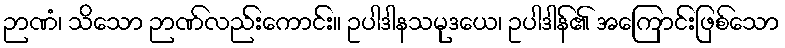
ဉာဏံ၊ သိသော ဉာဏ်လည်းကောင်း။ ဥပါဒါနသမုဒယေ၊ ဥပါဒါန်၏ အကြောင်းဖြစ်သော